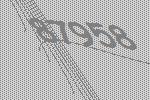
87958